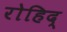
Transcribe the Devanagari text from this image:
रोहिद्